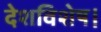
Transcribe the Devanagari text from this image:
देशविशेष।